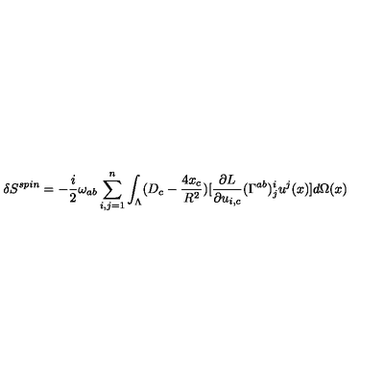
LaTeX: \delta S ^ { s p i n } = - \frac { i } { 2 } \omega _ { a b } \sum _ { i , j = 1 } ^ { n } \int _ { \Lambda } ( D _ { c } - \frac { 4 x _ { c } } { R ^ { 2 } } ) [ \frac { \partial L } { \partial u _ { i , c } } ( \Gamma ^ { a b } ) _ { j } ^ { i } u ^ { j } ( x ) ] d \Omega ( x )